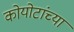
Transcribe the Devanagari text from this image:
कोयोटांच्या